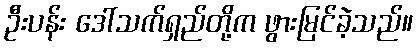
ဦးပန်း ဒေါ်သက်ရှည်တို့က ဖွားမြင်ခဲ့သည်။